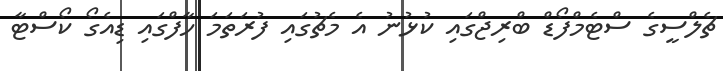
ޗެލްސީގެ ސްޓެމްފޯޑް ބްރިޖްގައި ކުޅުނު އެ މެޗުގައި ފުރަތަމަ ހާފްގައި ޑިއެގޯ ކޯސްޓާ